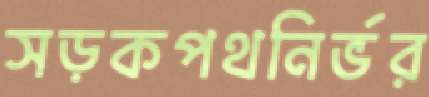
সড়কপথনির্ভর